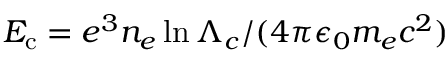
E _ { \mathrm { c } } = e ^ { 3 } n _ { e } \ln \Lambda _ { c } / ( 4 \pi \epsilon _ { 0 } m _ { e } c ^ { 2 } )